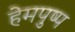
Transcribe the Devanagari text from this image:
हेमपुष्प